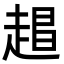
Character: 𬦏